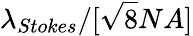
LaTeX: \lambda_{Stokes}/[\sqrt{8}NA]